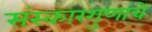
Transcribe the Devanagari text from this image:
संस्कारगुणांचे